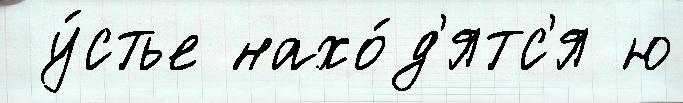
 у́стье нахо́д'ятс'я ю